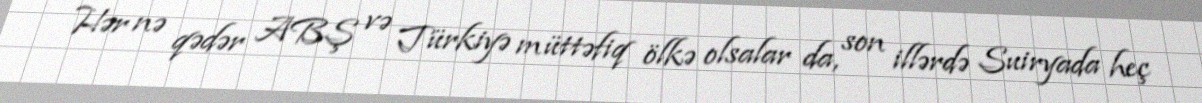
Hər nə qədər ABŞ və Türkiyə müttəfiq ölkə olsalar da, son illərdə Suiryada heç